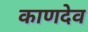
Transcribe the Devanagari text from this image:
काणदेव